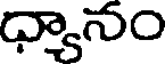
ధ్యానం